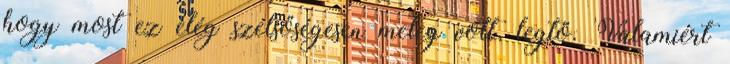
hogy most ez elég szélsőségesen meleg volt, legtö. Valamiért